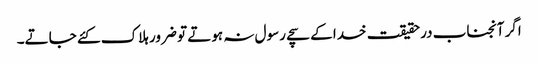
اگر آنجناب درحقیقت خدا کے سچے رسول نہ ہوتے تو ضرور ہلاک کئے جاتے۔